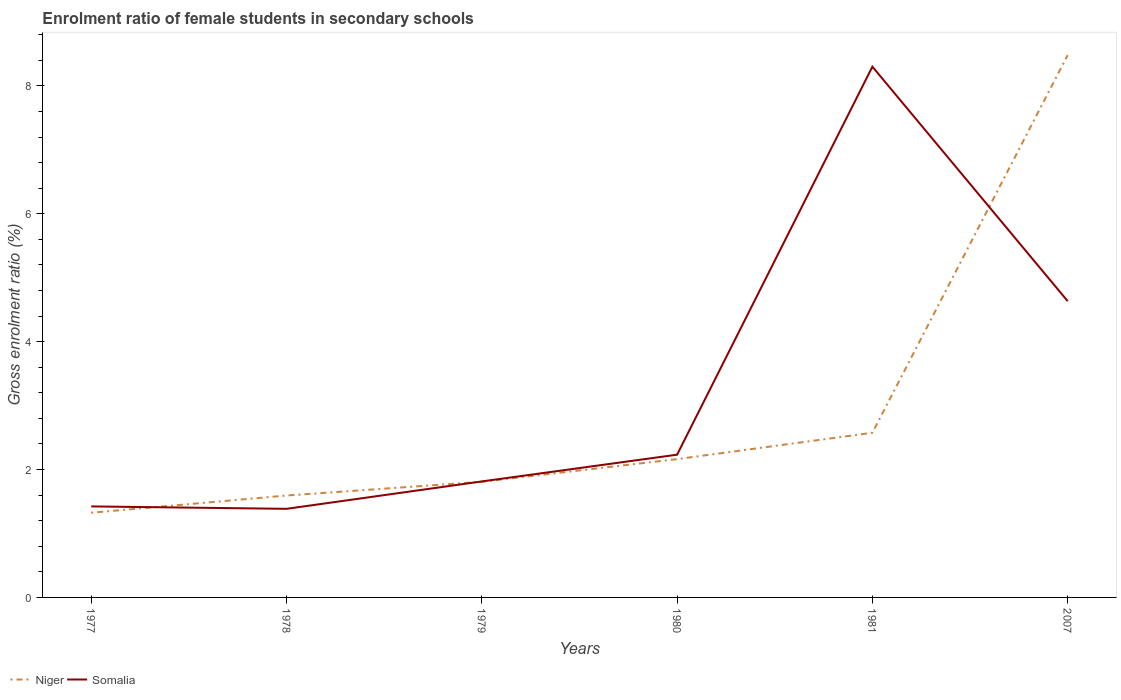
| Years | Niger | Somalia |
 | --- | --- | --- |
 | 1977 | 1.32 | 1.42 |
 | 1978 | 1.59 | 1.39 |
 | 1979 | 1.81 | 1.81 |
 | 1980 | 2.16 | 2.23 |
 | 1981 | 2.58 | 8.3 |
 | 2007 | 8.48 | 4.63 |